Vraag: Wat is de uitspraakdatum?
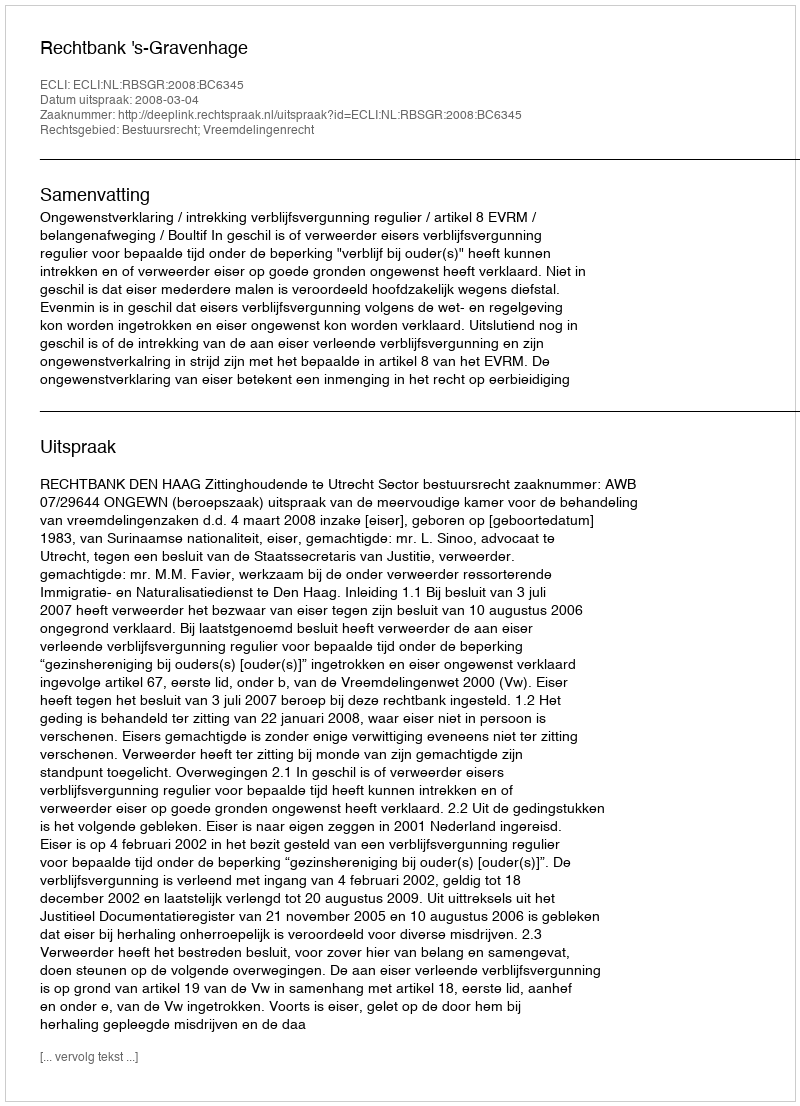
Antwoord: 2008-03-04